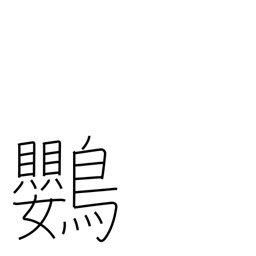
Meaning: parrot